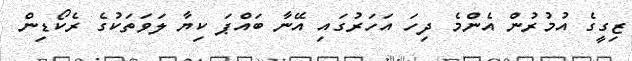
ޒިގީގެ އުމުރުން އެންމެ ދިހަ އަހަރުގައި އޭނާ ބައްޕަ ކިޔާ ލަވަަތަކުގެ ރެކޯޑިން